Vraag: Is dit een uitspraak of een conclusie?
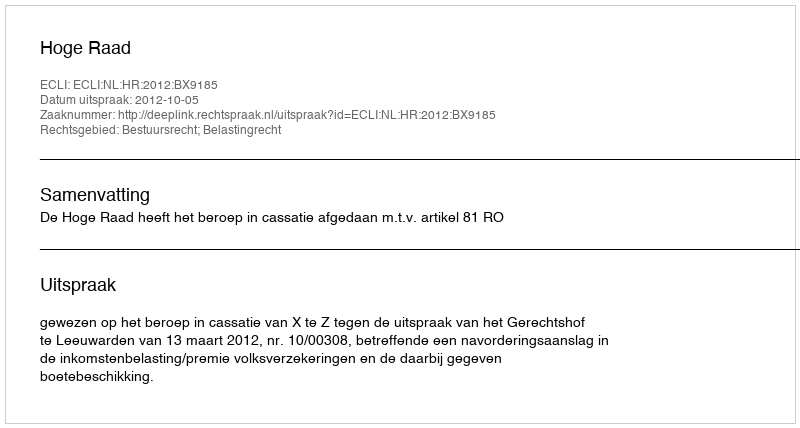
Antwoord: Uitspraak